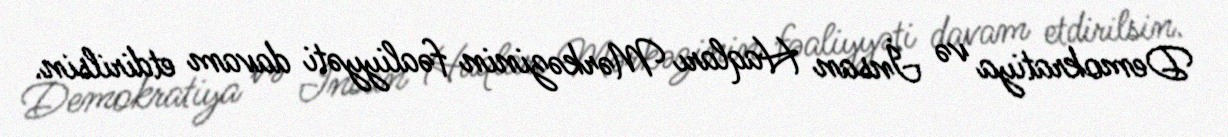
Demokratiya və İnsan Haqları Mərkəzinin fəaliyyəti davam etdirilsin.